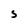
Character: S